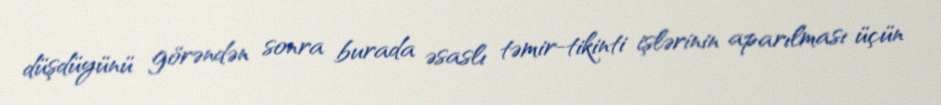
düşdüyünü görəndən sonra burada əsaslı təmir-tikinti işlərinin aparılması üçün